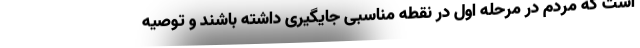
است که مردم در مرحله اول در نقطه مناسبی جایگیری داشته باشند و توصیه